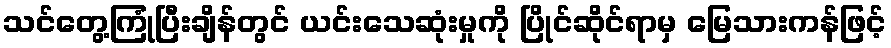
သင်တွေ့ကြုံပြီးချိန်တွင် ယင်းသေဆုံးမှုကို ပြိုင်ဆိုင်ရာမှ မြေသားကန်ဖြင့်